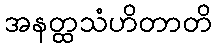
အနတ္ထသံဟိတာတိ